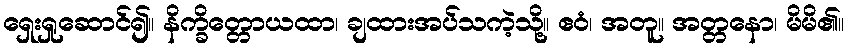
ရှေးရှုဆောင်၍။ နိက္ခိတ္တောယထာ၊ ချထားအပ်သကဲ့သို့။ ဧဝံ၊ အတူ။ အတ္တနော၊ မိမိ၏။